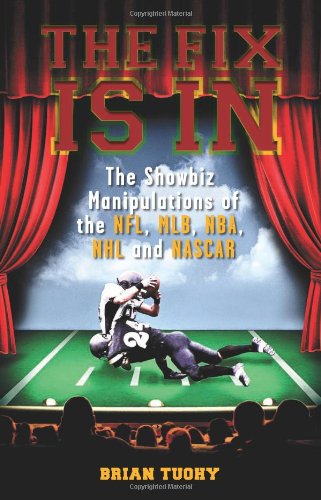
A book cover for The Fix Is In: The Showbiz Manipulations of the NFL, MLB, NBA, NHL and NASCAR; Brian Tuohy; Sports & Outdoors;